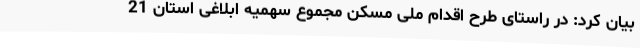
بیان کرد: در راستای طرح اقدام ملی مسکن مجموع سهمیه ابلاغی استان 21